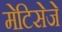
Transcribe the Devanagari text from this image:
मेटिसेजे